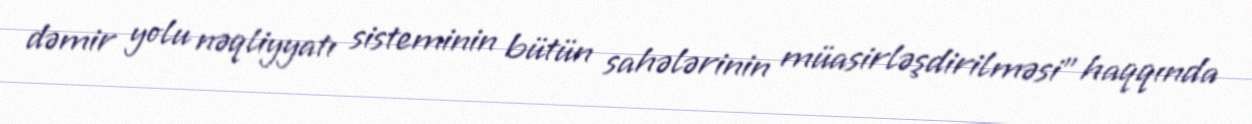
dəmir yolu nəqliyyatı sisteminin bütün sahələrinin müasirləşdirilməsi” haqqında